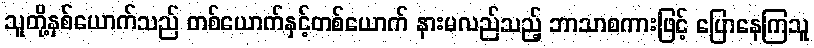
သူတို့နှစ်ယောက်သည် တစ်ယောက်နှင့်တစ်ယောက် နားမလည်သည့် ဘာသာစကားဖြင့် ပြောနေကြသူ